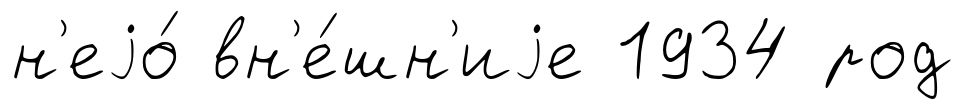
н'еjо́ вн'е́шн'иjе 1934 род